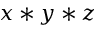
x * y * z